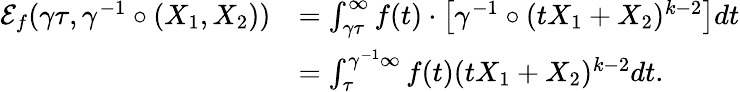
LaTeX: \begin{array}{rl}{\mathcal{E}_{f}(\gamma\tau,\gamma^{-1}\circ(X_{1},X_{2}))}&{=\int_{\gamma\tau}^{\infty}f(t)\cdot\left[\gamma^{-1}\circ(tX_{1}+X_{2})^{k-2}\right]dt}\\ &{=\int_{\tau}^{\gamma^{-1}\infty}f(t)(tX_{1}+X_{2})^{k-2}dt.}\end{array}